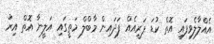
އެއްލާލެވިފައި އޮތް ކުޑަ ޕަރީއެއް ފަދައިން މާބްލް މަތީގައި އަލީނާ އޮތް އިރު